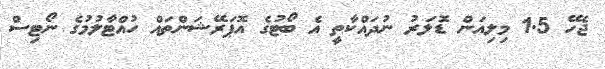
ޖެހޭ 1.5 މިލިއަން ޑޮލަރު ނުދައްކާތީ އެ ބޯޓުގެ އޮޕަރޭޝަންތައް ހުއްޓާލުމުގެ ނޯޓިސް